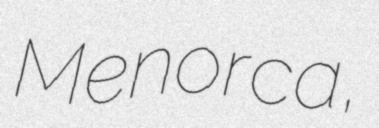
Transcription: Menorca,